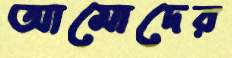
আমোদের